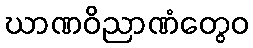
ဃာဏဝိညာဏံတွေဝ